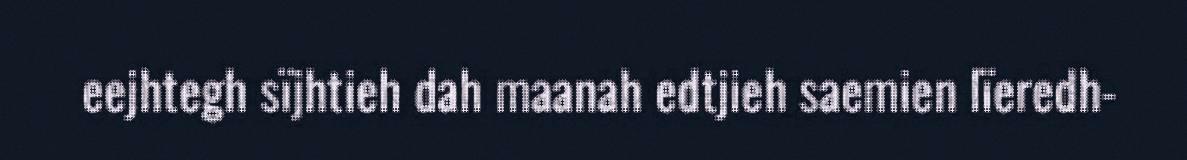
eejhtegh sïjhtieh dah maanah edtjieh saemien lïeredh-